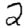
Digit: 2